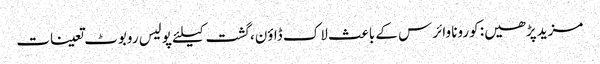
مزید پڑھیں: کورونا وائرس کے باعث لاک ڈاؤن، گشت کیلئے پولیس روبوٹ تعینات